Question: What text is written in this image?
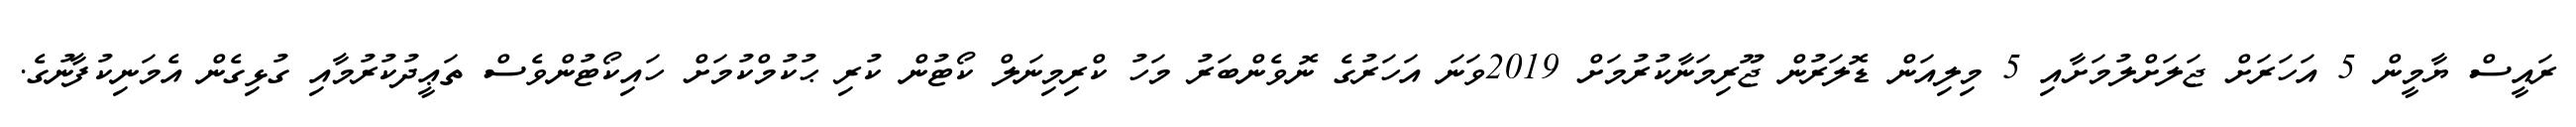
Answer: ރައީސް ޔާމީން 5 އަހަރަށް ޖަލަށްލުމަށާއި 5 މިލިއަން ޑޮލަރުން ޖޫރިމަނާކުރުމަށް 2019ވަނަ އަހަރުގެ ނޮވެންބަރު މަހު ކްރިމިނަލް ކޯޓުން ކުރި ޙުކުމްކުމަށް ހައިކޯޓުންވެސް ތަޢީދުކުރުމާއި ގުޅިގެން އެމަނިކުފާނުގެ.